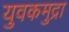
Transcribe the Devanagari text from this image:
युवकमुद्रा